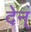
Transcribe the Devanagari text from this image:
देन्